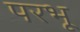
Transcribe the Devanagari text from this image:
परभू